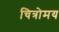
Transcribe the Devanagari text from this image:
चित्रोमय